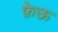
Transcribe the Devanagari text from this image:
फ़ेऊ